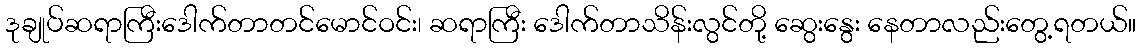
ဒုချုပ်ဆရာကြီးဒေါက်တာတင်မောင်ဝင်း၊ ဆရာကြီး ဒေါက်တာသိန်းလွင်တို့ ဆွေးနွေး နေတာလည်းတွေ့ရတယ်။